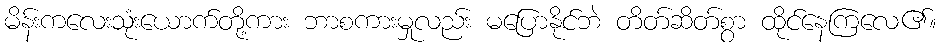
မိန်းကလေးသုံးယောက်တို့ကား ဘာစကားမှုလည်း မပြောနိုင်ဘဲ တိတ်ဆိတ်စွာ ထိုင်နေကြလေ၏။